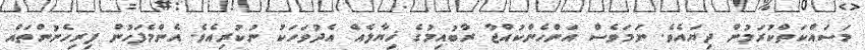
މަސައްކަތްކުރަމުން ދިޔައެވެ. ނަމަވެސް އަންހެންކުއްޖާ ރާބުއިމުގެ ޚިޔާލެއް އެދުވަހަކު ނުކުރިއެވެ. އެންމެފަހުން ފިރިހެނުންތައް